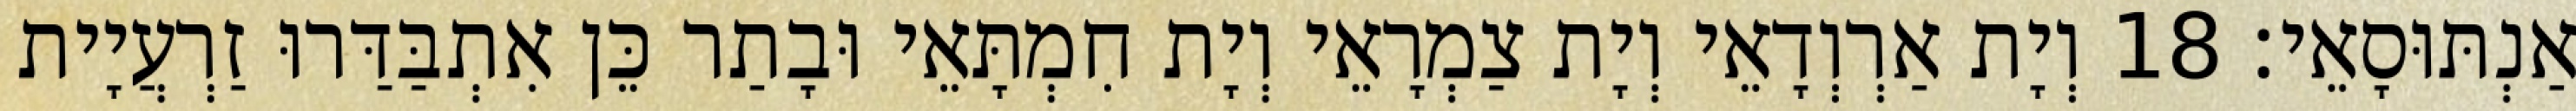
אַנְתּוּסָאֵי׃ 18 וְיָת אַרְוְדָאֵי וְיָת צַמְרָאֵי וְיָת חִמְתָּאֵי וּבָתַר כֵּן אִתְבַּדַּרוּ זַרְעֲיָית